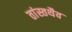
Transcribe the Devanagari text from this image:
तांस्तथैव